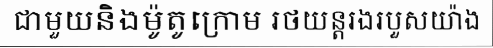
ជាមួយនិងម៉ូតូក្រោម រថយន្តរងរបួសយ៉ាង